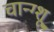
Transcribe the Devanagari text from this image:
चान्ग्शू